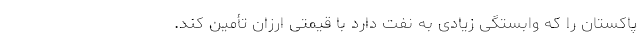
پاکستان را که وابستگی زیادی به نفت دارد با قیمتی ارزان تأمین کند.